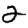
Digit: 2